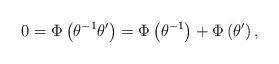
LaTeX: \begin{align*} 0=\Phi\left(\theta^{-1}\theta'\right)=\Phi\left(\theta^{-1}\right)+\Phi\left(\theta'\right), \end{align*}